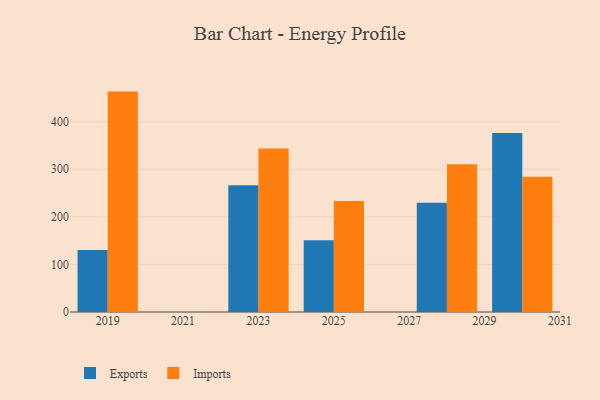
{"axis": {"x": "Year", "y": "Production Output"}, "legend": ["Exports", "Imports"], "data": [{"x": "2025", "y": 150.9, "type": "Exports"}, {"x": "2025", "y": 233.2, "type": "Imports"}, {"x": "2023", "y": 266.3, "type": "Exports"}, {"x": "2023", "y": 343.5, "type": "Imports"}, {"x": "2019", "y": 130.3, "type": "Exports"}, {"x": "2019", "y": 463.1, "type": "Imports"}, {"x": "2030", "y": 376.2, "type": "Exports"}, {"x": "2030", "y": 284.4, "type": "Imports"}, {"x": "2028", "y": 229.8, "type": "Exports"}, {"x": "2028", "y": 310.6, "type": "Imports"}]}